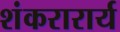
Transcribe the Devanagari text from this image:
शंकरारार्य